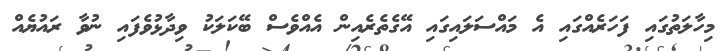
މިހާލަތުގައި ފަހަރެއްގައި އެ މައްސަލައިގައި އޭގެތެރެއިން އެއްވެސް ބޭކަލަކު ވިދާޅުވެފައި ނުވާ ރައުޔެއް